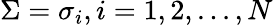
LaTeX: \Sigma={\sigma_{i}},i=1,2,...,N